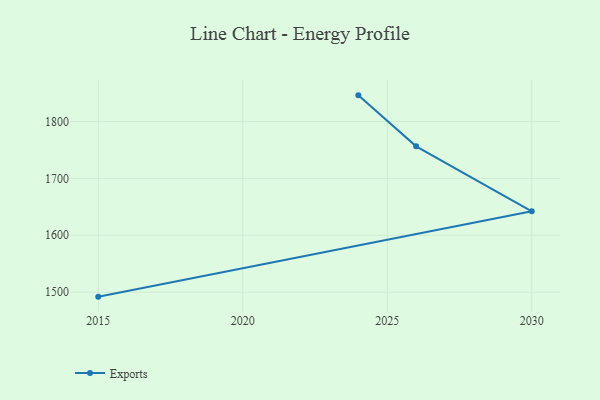
{"axis": {"x": "Year", "y": "Backlog"}, "legend": ["Exports"], "data": [{"x": "2015", "y": 1492.1, "type": "Exports"}, {"x": "2030", "y": 1642.1, "type": "Exports"}, {"x": "2026", "y": 1756.4, "type": "Exports"}, {"x": "2024", "y": 1846.0, "type": "Exports"}]}